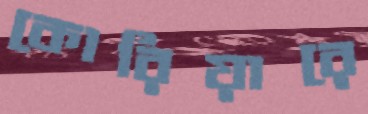
কোরিয়ারে